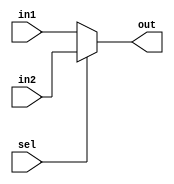
module mux2(
	input signed [7:0] in1 , 
	input signed [7:0] in2 ,
	
	input 		sel ,
	
	output signed [7:0] out
);

assign out = (sel==1'b0)?in1:in2 ;

endmodule